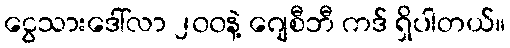
ငွေသားဒေါ်လာ ၂၀၀နဲ့ ဂျေစီဘီ ကဒ် ရှိပါတယ်။